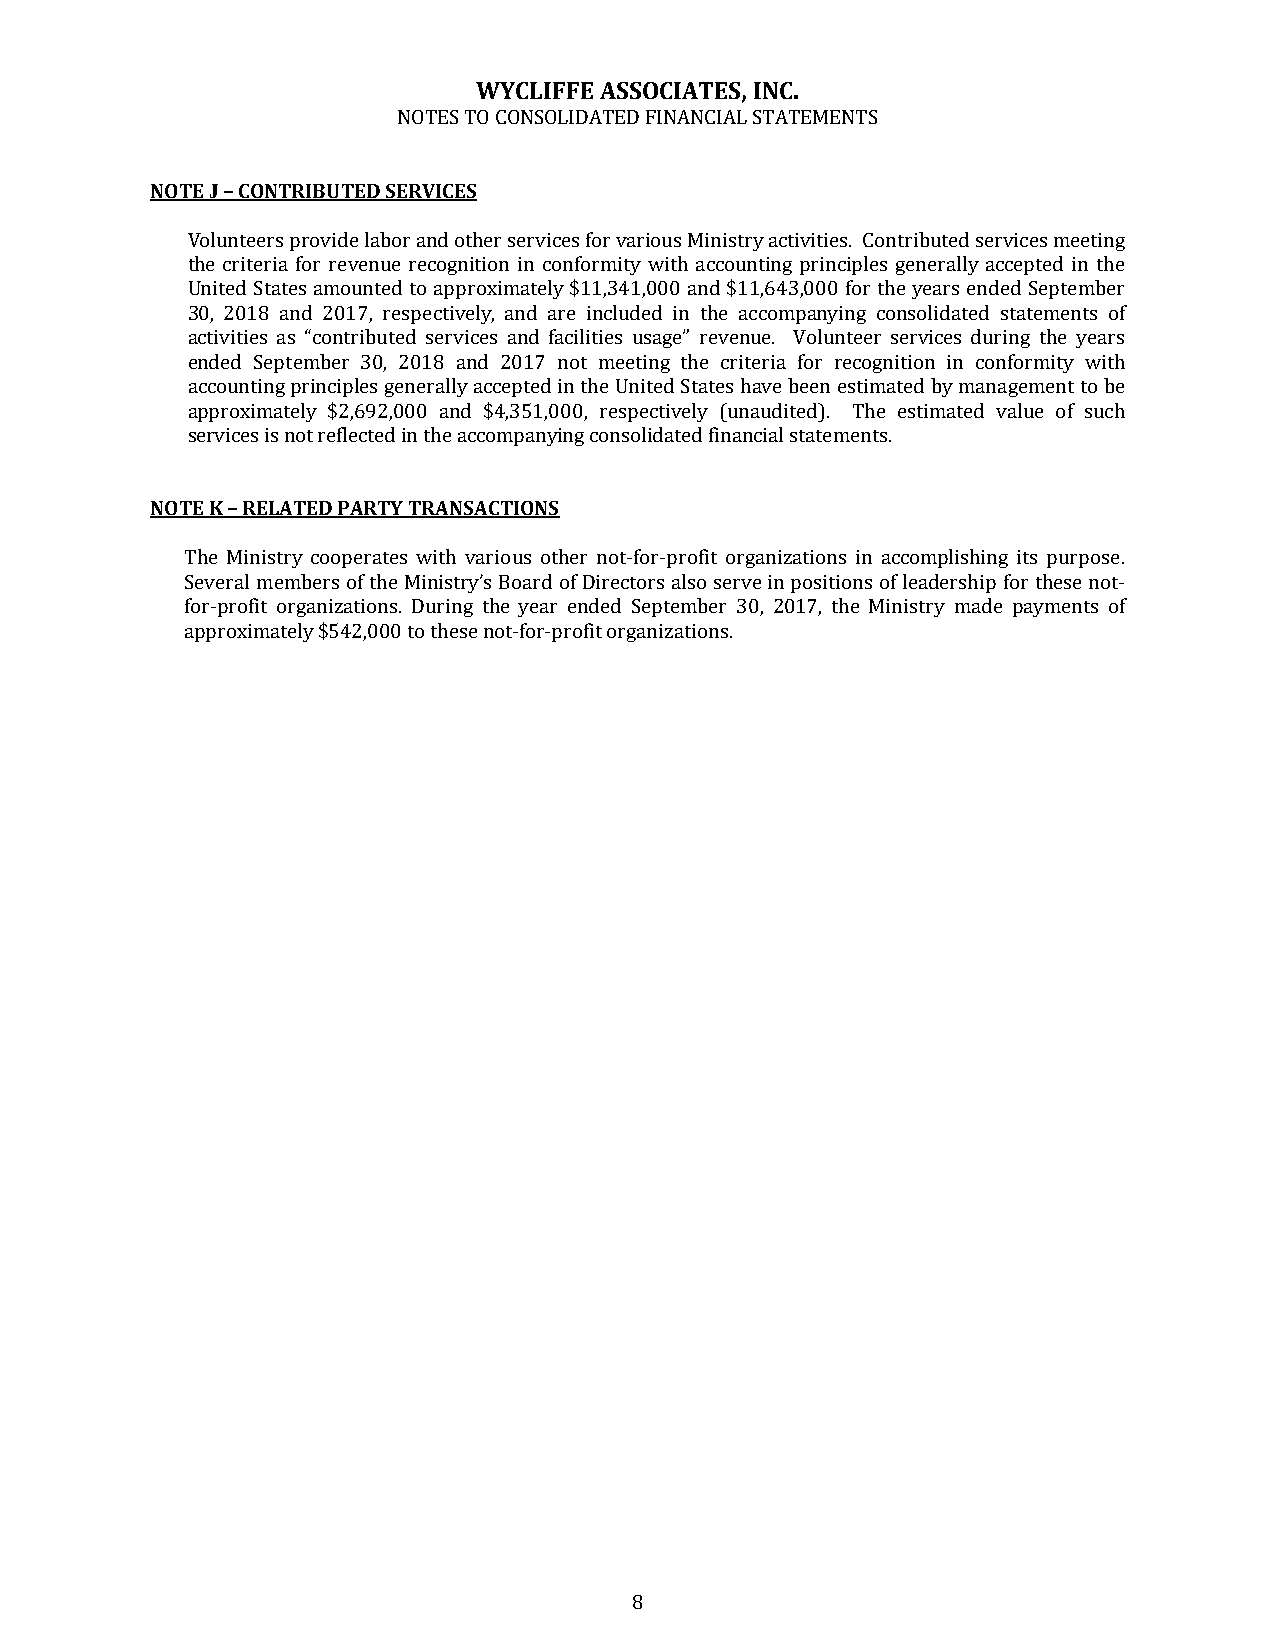
WYCLIFFE ASSOCIATES, INC.
 NOTES TO CONSOLIDATED FINANCIAL STATEMENTS
 NOTE J – CONTRIBUTED SERVICES
 Volunteers provide labor and other services for various Ministry activities. Contributed services meeting
 the criteria for revenue recognition in conformity with accounting principles generally accepted in the
 United States amounted to approximately $11,341,000 and $11,643,000 for the years ended September
 30, 2018 and 2017, respectively, and are included in the accompanying consolidated statements of
 activities as “contributed services and facilities usage” revenue. Volunteer services during the years
 ended September 30, 2018 and 2017 not meeting the criteria for recognition in conformity with
 accounting principles generally accepted in the United States have been estimated by management to be
 approximately $2,692,000 and $4,351,000, respectively (unaudited). The estimated value of such
 services is not reflected in the accompanying consolidated financial statements.
 NOTE K – RELATED PARTY TRANSACTIONS
 The Ministry cooperates with various other not-for-profit organizations in accomplishing its purpose.
 Several members of the Ministry’s Board of Directors also serve in positions of leadership for these not-
 for-profit organizations. During the year ended September 30, 2017, the Ministry made payments of
 approximately $542,000 to these not-for-profit organizations.
 8